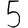
Digit: 5